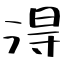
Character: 淂